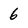
Character: 6